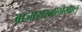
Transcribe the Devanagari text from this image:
बाजाराखालोखाल